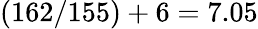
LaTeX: (162/155)+6=7.05